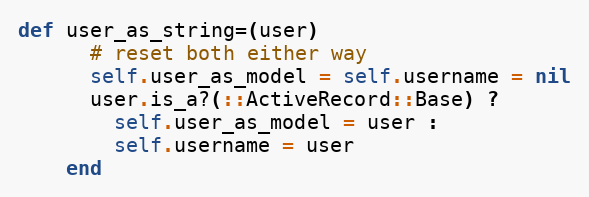
Language: Ruby
def user_as_string=(user)
      # reset both either way
      self.user_as_model = self.username = nil
      user.is_a?(::ActiveRecord::Base) ?
        self.user_as_model = user :
        self.username = user
    end